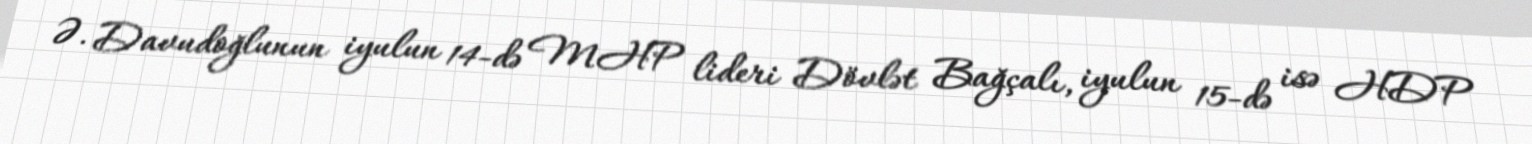
Ə. Davudoğlunun iyulun 14-də MHP lideri Dövlət Bağçalı, iyulun 15-də isə HDP